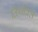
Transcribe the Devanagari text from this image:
तिथीव्रत